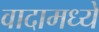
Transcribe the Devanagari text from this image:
वादामध्ये